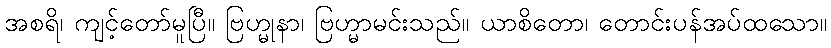
အစရိ၊ ကျင့်တော်မူပြီ။ ဗြဟ္မုနာ၊ ဗြဟ္မာမင်းသည်။ ယာစိတော၊ တောင်းပန်အပ်ထသော။